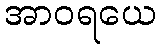
အာဝရယေ